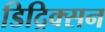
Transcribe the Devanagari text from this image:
डिद्रिक्सन